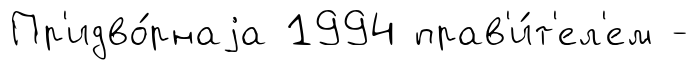
Пр'идво́рнаjа 1994 прав'и́т'ел'ем -